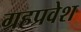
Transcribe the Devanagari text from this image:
ग्रहप्रवेश